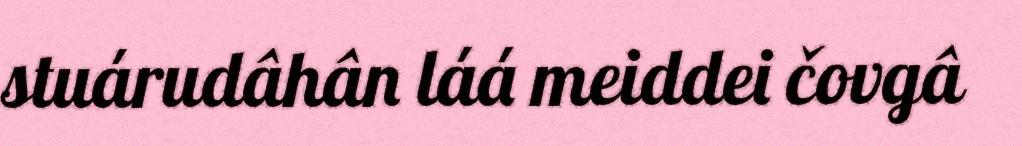
stuárudâhân láá meiddei čovgâ